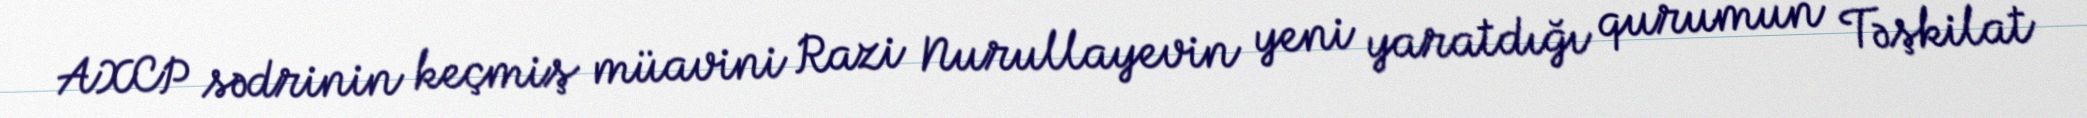
AXCP sədrinin keçmiş müavini Razi Nurullayevin yeni yaratdığı qurumun Təşkilat